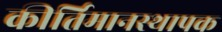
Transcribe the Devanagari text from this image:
कीर्तिमानस्थापक